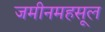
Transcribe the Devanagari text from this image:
जमीनमहसूल